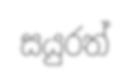
සයුරත්